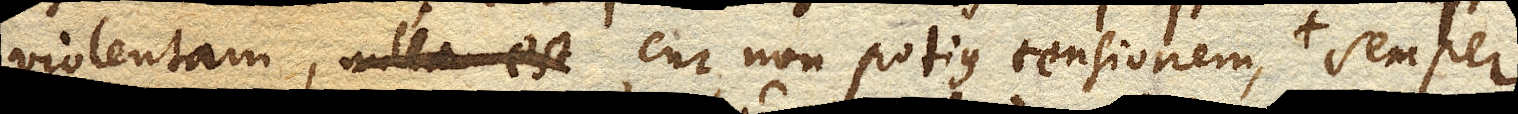
violentam, nulla est cur non potius tensionem, semper